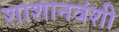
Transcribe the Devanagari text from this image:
शाशानवंशी